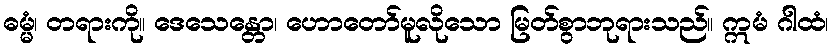
ဓမ္မံ၊ တရားကို။ ဒေသေန္တော၊ ဟောတော်မူလိုသော မြတ်စွာဘုရားသည်။ ဣမံ ဂါထံ၊